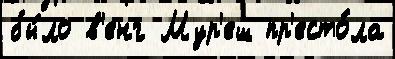
бы́ло в'енг Мур'еш пр'есто́ла